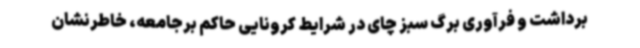
برداشت و فرآوری برگ سبز چای در شرایط کرونایی حاکم برجامعه، خاطرنشان